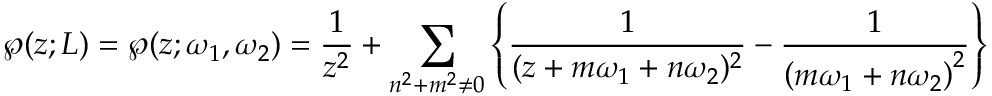
\wp ( z ; L ) = \wp ( z ; \omega _ { 1 } , \omega _ { 2 } ) = { \frac { 1 } { z ^ { 2 } } } + \sum _ { n ^ { 2 } + m ^ { 2 } \neq 0 } \left\{ { \frac { 1 } { ( z + m \omega _ { 1 } + n \omega _ { 2 } ) ^ { 2 } } } - { \frac { 1 } { \left( m \omega _ { 1 } + n \omega _ { 2 } \right) ^ { 2 } } } \right\}